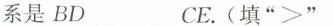
系是BD___CE。(填”>”